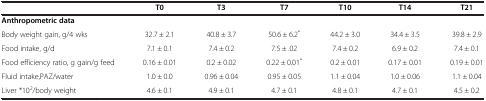
|  | T0 | T3 | T7 | T10 | T14 | T21 |
 | --- | --- | --- | --- | --- | --- | --- |
 | Anthropometric data |  |  |  |  |  |  |
 | Body weight gain, g/4 wks | 32.7 ± 2.1 | 40.8 ± 3.7 | 50.6 ± 6.2* | 44.2 ± 3.0 | 34.4 ± 3.5 | 39.8 ± 2.9 |
 | Food intake, g/d | 7.1 ± 0.1 | 7.4 ± 0.2 | 7.5 ± .02 | 7.4 ± 0.2 | 6.9 ± 0.2 | 7.4 ± 0.1 |
 | Food efficiency ratio, g gain/g feed | 0.16 ± 0.01 | 0.2 ± 0.02 | 0.22 ± 0.01* | 0.2 ± 0.01 | 0.17 ± 0.01 | 0.19 ± 0.01 |
 | Fluid intake,PAZ/water | 1.0 ± 0.0 | 0.96 ± 0.04 | 0.95 ± 0.05 | 1.1 ± 0.04 | 1.0 ± 0.06 | 1.1 ± 0.04 |
 | Liver *102/body weight | 4.6 ± 0.1 | 4.9 ± 0.1 | 4.7 ± 0.1 | 4.8 ± 0.1 | 4.7 ± 0.1 | 4.5 ± 0.2 |